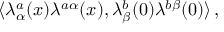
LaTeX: \langle \lambda _ { \alpha } ^ { a } ( x ) \lambda ^ { a \alpha } ( x ) , \lambda _ { \beta } ^ { b } ( 0 ) \lambda ^ { b \beta } ( 0 ) \rangle \, ,